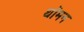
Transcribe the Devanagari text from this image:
थॉमन